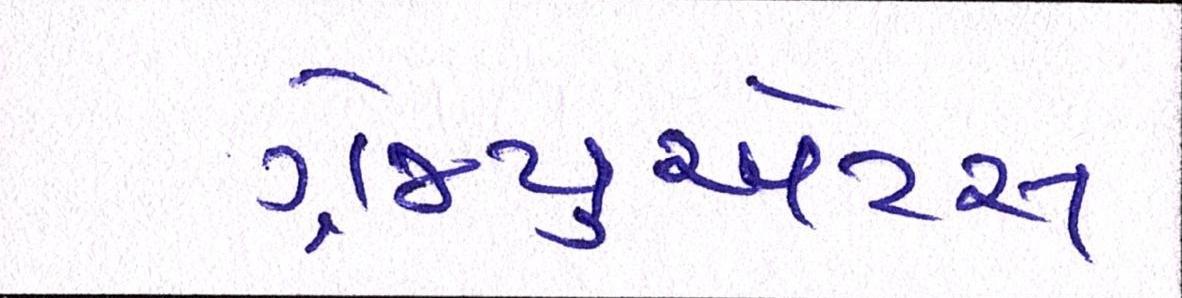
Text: ગ્રેજ્યુએટ્સ